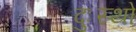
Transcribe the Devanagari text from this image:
दुःस्थो